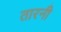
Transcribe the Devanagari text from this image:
तारनी